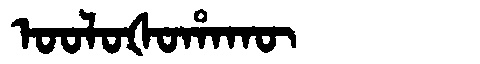
Manchu: ᠣᠣᠯᠣᡧᠣᡥᠠᡴᡡ
Romanization: OOLOŠOHAKŪ